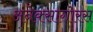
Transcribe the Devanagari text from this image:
अनेक्सागोरस